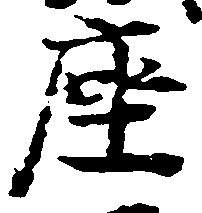
座